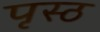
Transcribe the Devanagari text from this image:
पृस्ठ